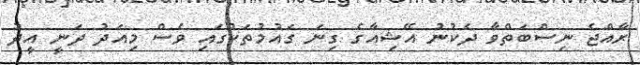
ރާއްޖެ ނިސްބަތްވާ ދެކުނު އޭޝިއާގެ ގިނަ ގައުމުތަކުގައި ވެސް މިއަދު ދަނީ އީދު